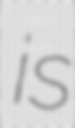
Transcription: is